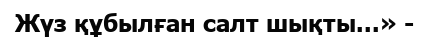
Жүз құбылған салт шықты...» -